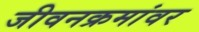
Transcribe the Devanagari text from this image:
जीवनक्रमांवर